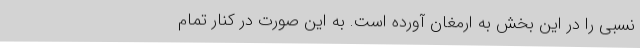
نسبی را در این بخش به ارمغان آورده است. به این صورت در کنار تمام